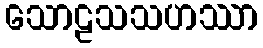
သောဠသသဟဿာ